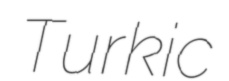
Turkic